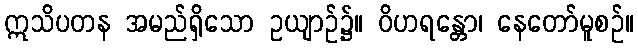
ဣသိပတန အမည်ရှိသော ဥယျာဉ်၌။ ဝိဟရန္တော၊ နေတော်မူစဉ်။